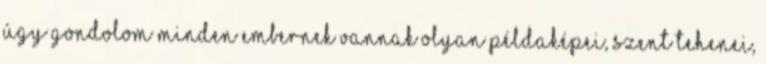
Úgy gondolom minden embernek vannak olyan példaképei, szent tehenei,